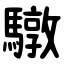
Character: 驐